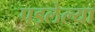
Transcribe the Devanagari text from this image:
पड्लेल्या